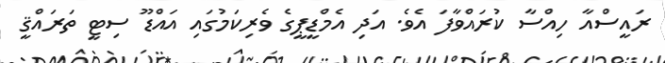
ރައީސްއާ ހިއްސާ ކުރައްވާފަ އެވެ. އަދި އެމްޑީޕީގެ ވެރިކަމުގައި އައްޑޫ ސިޓީ ތަރައްޤީ